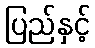
ပြည်နှင့်